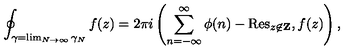
\oint _ { \gamma = \lim _ { N \rightarrow \infty } \gamma _ { N } } f ( z ) = 2 \pi i \left( \sum _ { n = - \infty } ^ { \infty } \phi ( n ) - \mathrm { R e s } _ { z \not \in { \bf Z } } , f ( z ) \right) ,